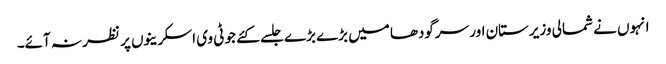
انہوں نے شمالی وزیرستان اور سرگودھا میں بڑے بڑے جلسے کئے جو ٹی وی اسکرینوں پر نظر نہ آئے۔